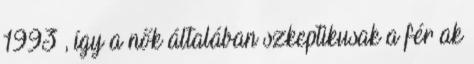
1993 , így a nők általában szkeptikusak a férﬁak